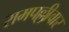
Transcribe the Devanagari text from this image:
रामपल्लीवार